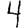
Digit: 4